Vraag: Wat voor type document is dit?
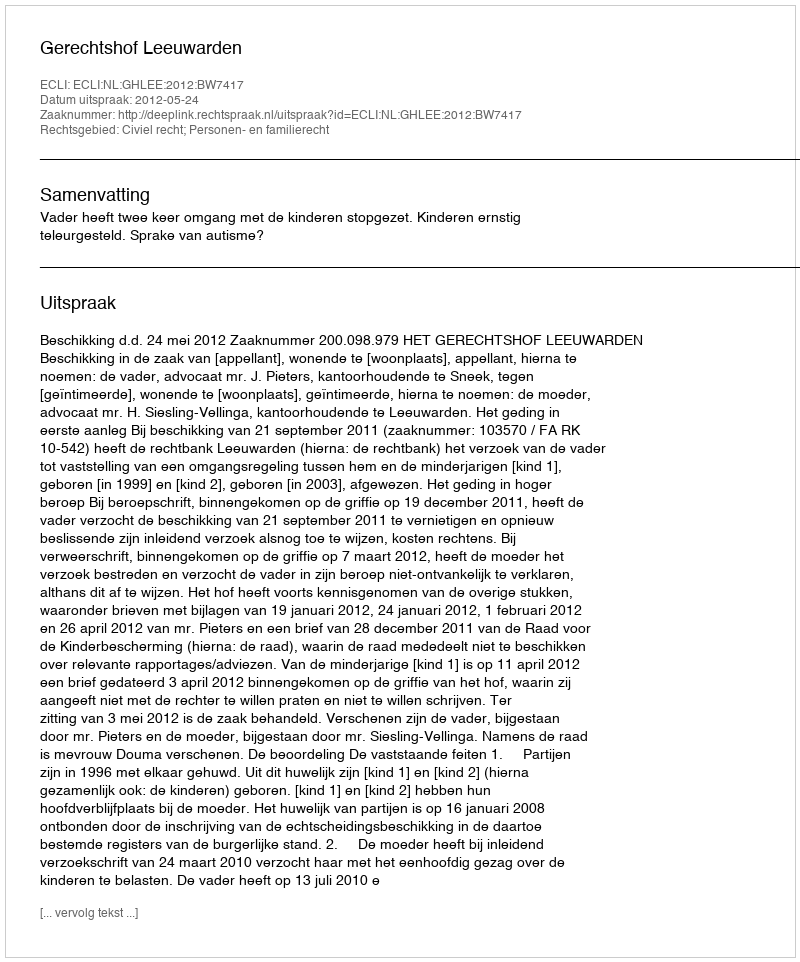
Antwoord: Uitspraak